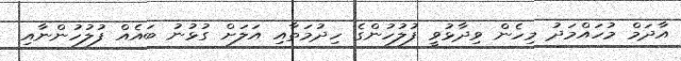
އާދަމް މުހައްމަދު މިހެން ވިދާޅުވީ ފުލުހުންގެ ހިދުމަތާއި އަލަށް ގުޅުނު ބައެއް ފުލުހުންނާއި